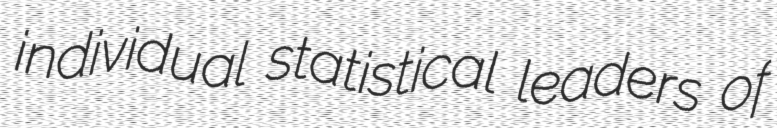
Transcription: individual statistical leaders of